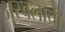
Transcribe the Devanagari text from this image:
अस्वलाची